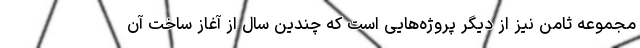
مجموعه ثامن نیز از دیگر پروژه‌هایی است که چندین سال از آغاز ساخت آن